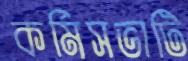
কর্মিসভাটি